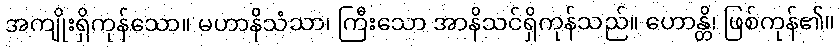
အကျိုးရှိကုန်သော။ မဟာနိသံသာ၊ ကြီးသော အာနိသင်ရှိကုန်သည်။ ဟောန္တိ၊ ဖြစ်ကုန်၏။